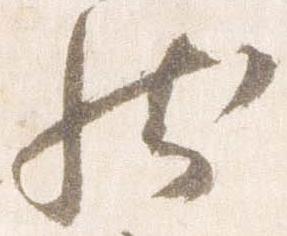
然